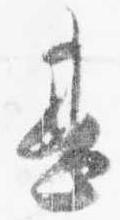
甚